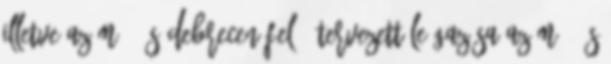
illetve az M35-ös Debrecen felé, tervezett leágazása az M25-ös